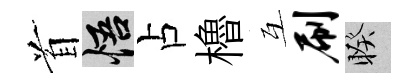
首悟占櫓互刷睽